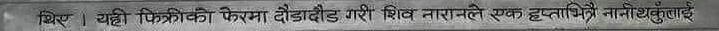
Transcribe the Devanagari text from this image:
थिए । चही चित्रिकों चित्रमा डोडोबार्ड गरी शिव तारानाले एक हप्ताभित्रै नानाखुवाई